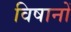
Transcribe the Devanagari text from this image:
विषानों